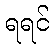
ရရင်